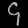
Digit: ၄